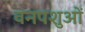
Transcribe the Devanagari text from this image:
वनपशुओं